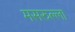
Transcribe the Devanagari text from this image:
मसरुल्ला